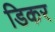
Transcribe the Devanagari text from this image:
डिकर